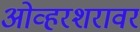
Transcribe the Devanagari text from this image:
ओव्हरशरावर